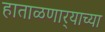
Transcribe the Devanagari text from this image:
हाताळणार्‍याच्या